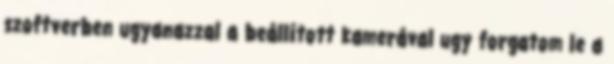
szoftverben ugyanazzal a beállított kamerával ugy forgatom le a